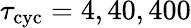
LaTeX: \tau_{\mathrm{cyc}}=4,40,400